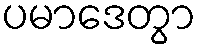
ပမာဒေတွာ